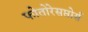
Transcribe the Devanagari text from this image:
फोतोरेसप्तोर्स